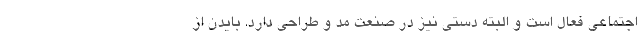
اجتماعی فعال است و البته دستی نیز در صنعت مد و طراحی دارد. بایدن از